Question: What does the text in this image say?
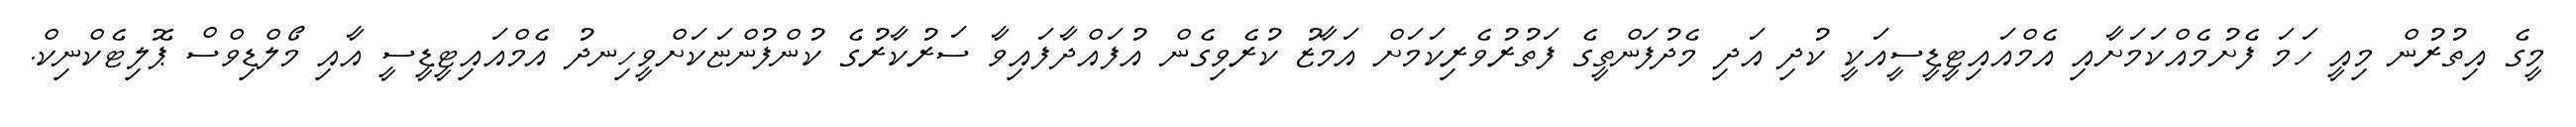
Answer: މީގެ އިތުރުން މިއީ ހަމަ ފެށުމެއްކަމަށާއި އެމްއައިޓީޑީސީއަކީ ކުދި އަދި މެދުފަންތީގެ ފަތުރުވެރިކަމަށް އަމާޒު ކުރެވިގެން އުފައްދާފައިވާ ސަރުކާރުގެ ކުންފުންޏަކަށްވީހިނދު އެމްއައިޓީޑީސީ އާއި މޯލްޑިވްސް ޕޮލިޓެކްނިކް.